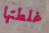
غلطتها